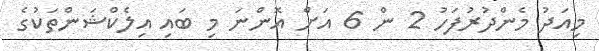
މިއަދު މެންދުރުފަހު 2 ން 6 އަށް އޮންނަ މި ބައި އިލެކްޝަންތަކުގެ